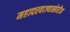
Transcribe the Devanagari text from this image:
महादरवाज्याखेरीज